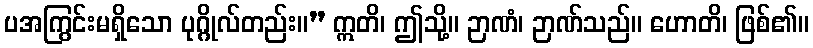
ပအကြွင်းမရှိသော ပုဂ္ဂိုလ်တည်း။” ဣတိ၊ ဤသို့။ ဉာဏံ၊ ဉာဏ်သည်။ ဟောတိ၊ ဖြစ်၏။